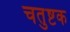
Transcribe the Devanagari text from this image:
चतुष्टक